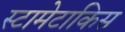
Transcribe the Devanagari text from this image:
स्टामेटाकिस